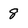
Character: 8